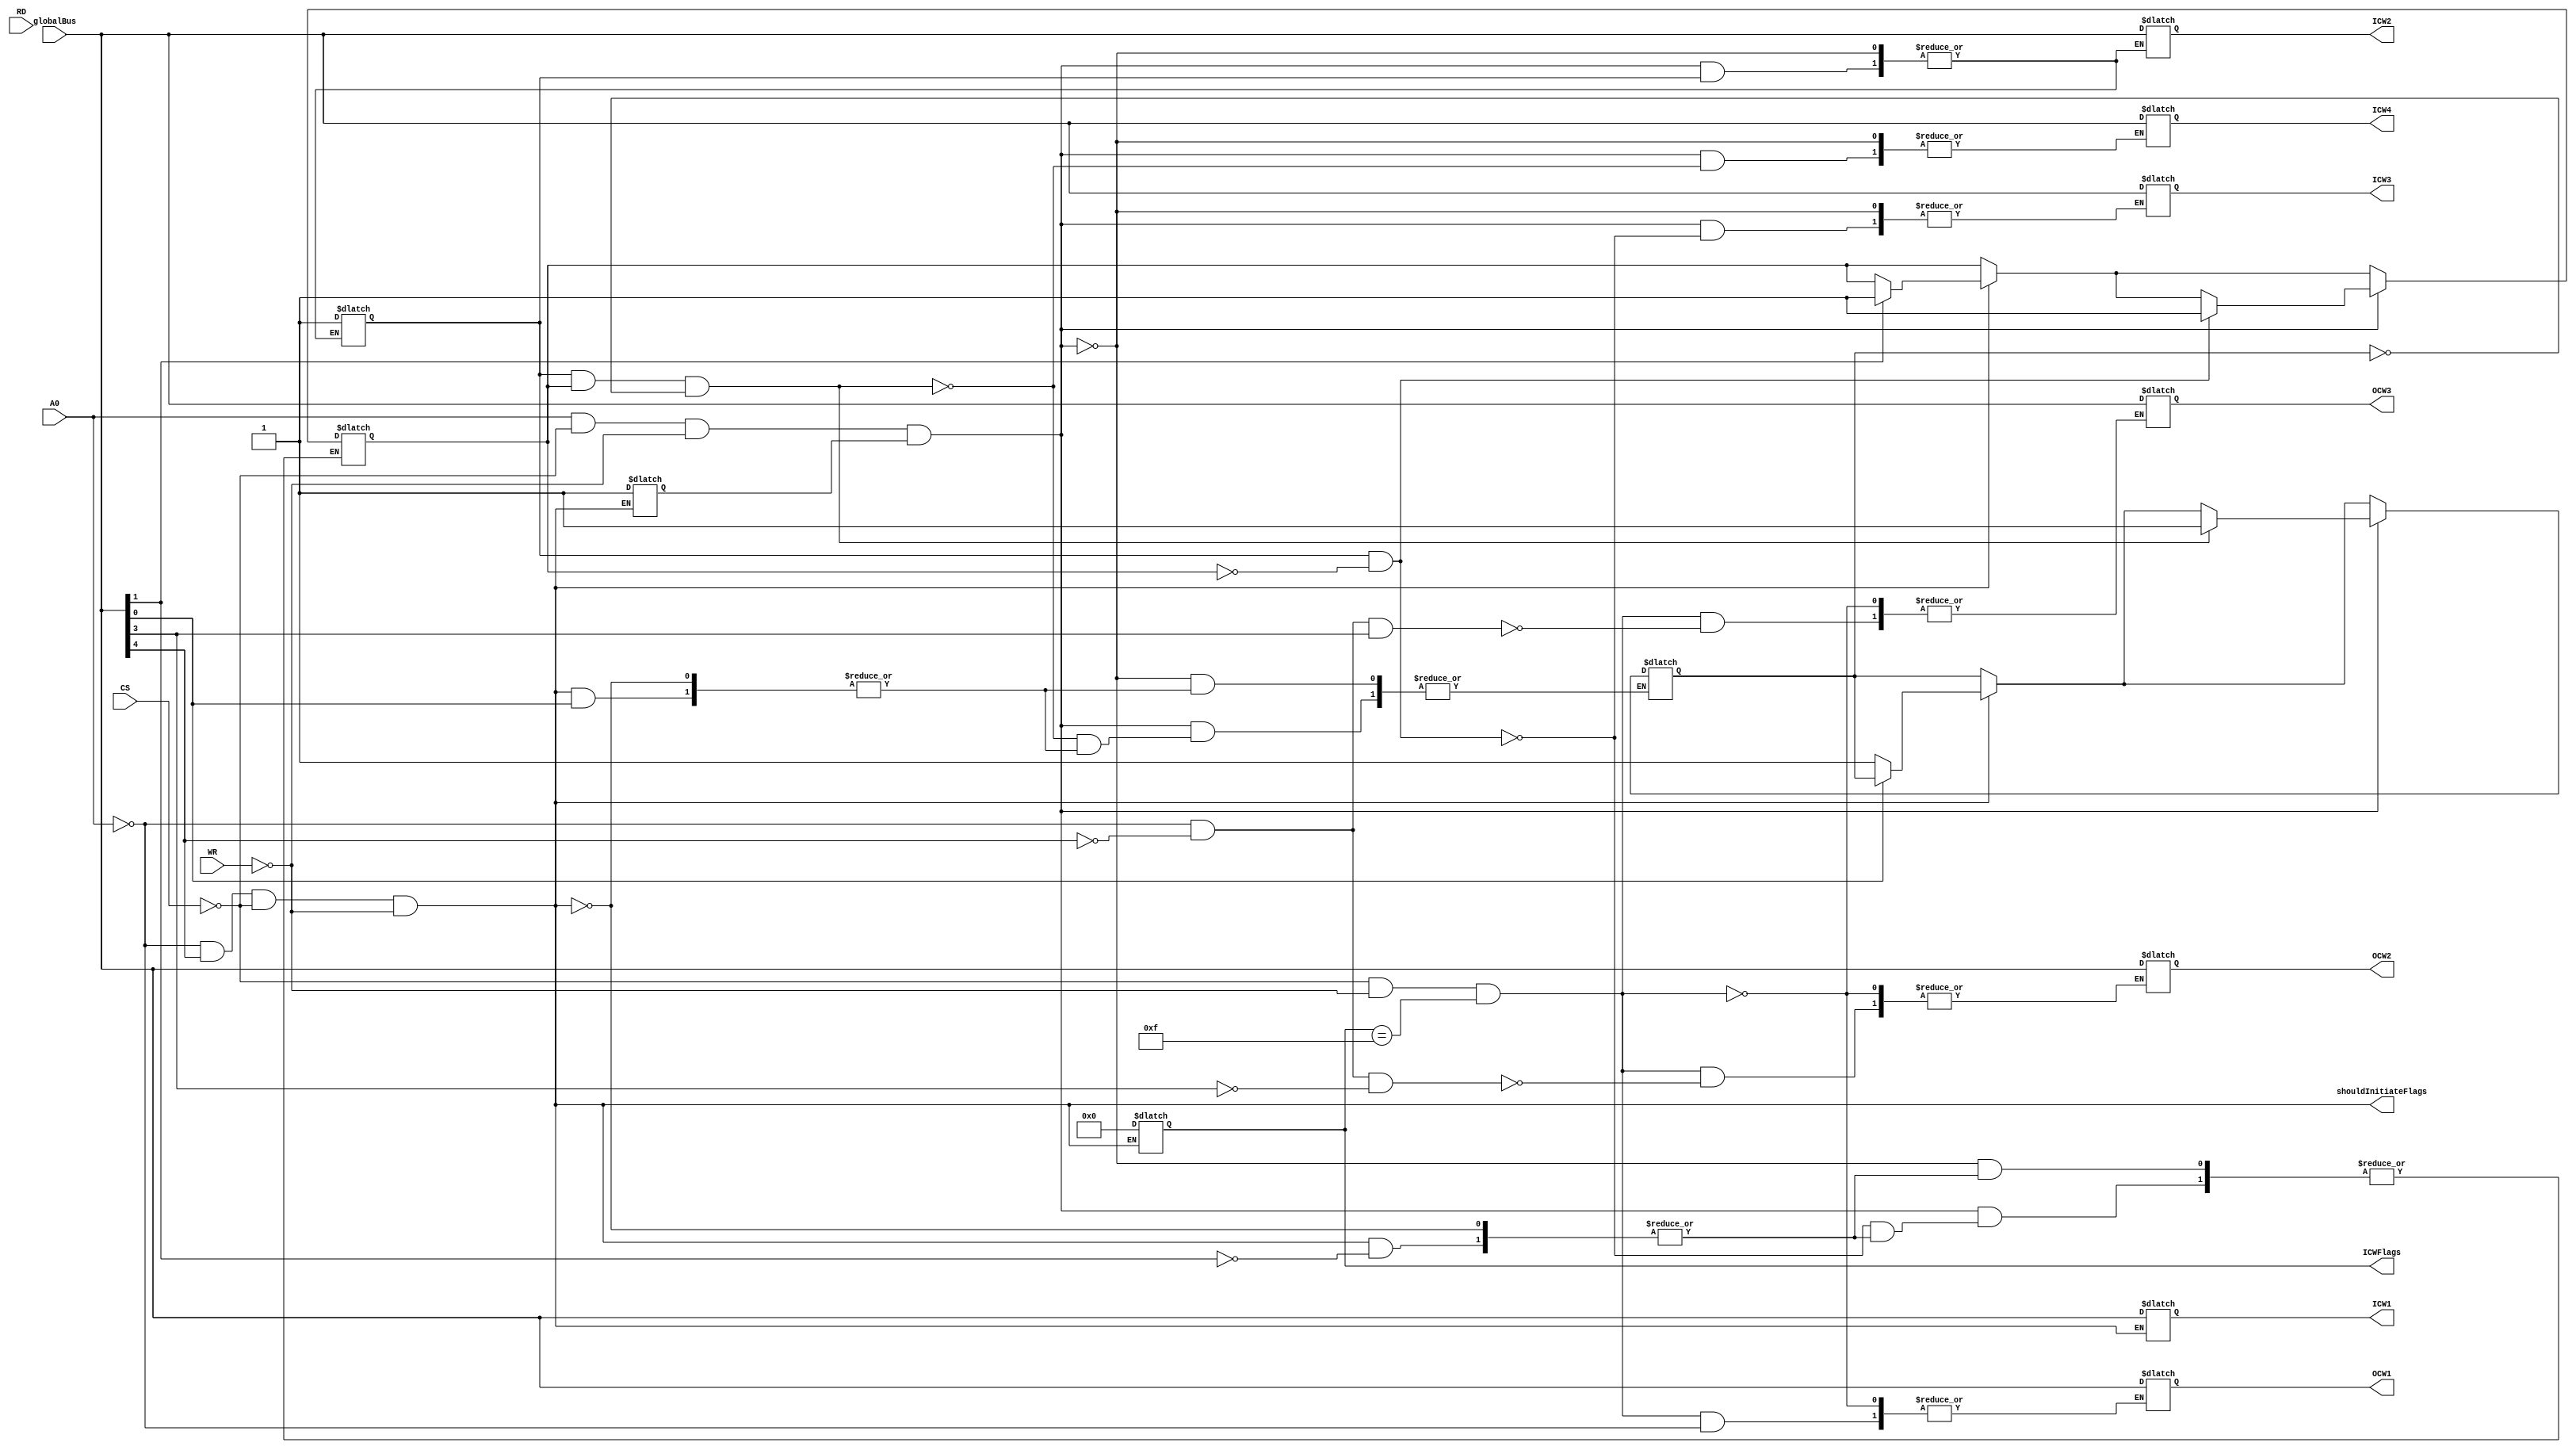
module RWLogic (
input [7:0] globalBus, // 8-bit global bus
input A0, // Indicates for the command words
input CS, // Chip select (active low)
input WR, // Write signal (active low)
input RD, // Read signal (active low)
output reg [7:0] ICW1, // ICW1 register
output reg [7:0] ICW2, // ICW2 register
output reg [7:0] ICW3, // ICW3 register
output reg [7:0] ICW4, // ICW4 register
output reg [7:0] OCW1, // OCW1 register
output reg [7:0] OCW2, // OCW2 register
output reg [7:0] OCW3, // OCW3 register
output reg [3:0] ICWFlags, // ICW flags to check if ICW1, ICW2, ICW3, ICW4 have been written to
output shouldInitiateFlags // flag to indicate if ICWFlags should be reset
);

//------------------------------------------------------------------------------
// Description:
//   This Verilog module, named RWLogic, is designed to handle read and write
//   operations for a set of registers based on control signals and a global bus.
//   It supports Initialization Command Words (ICW) and Operational Command Words (OCW).
//------------------------------------------------------------------------------

//------------------------------------------------------------------------------
// Module Ports:
//   Input Ports:
//     - input [7:0] globalBus: 8-bit global bus for data communication.
//     - input A0: Indicates the type of command word.
//     - input CS: Chip select (active low) to enable the module.
//     - input WR: Write signal (active low) for write operations.
//     - input RD: Read signal (active low) for read operations.
//   Output Ports:
//     - output reg [7:0] ICW1: ICW1 register for initialization.
//     - output reg [7:0] ICW2: ICW2 register for initialization.
//     - output reg [7:0] ICW3: ICW3 register for initialization.
//     - output reg [7:0] ICW4: ICW4 register for initialization.
//     - output reg [7:0] OCW1: OCW1 register for operational commands.
//     - output reg [7:0] OCW2: OCW2 register for operational commands.
//     - output reg [7:0] OCW3: OCW3 register for operational commands.
//     - output reg [3:0] ICWFlags: Flags to track the initialization state of ICW registers.
//     - output shouldInitiateFlags: Flag to indicate if ICWFlags should be reset.
//------------------------------------------------------------------------------

//------------------------------------------------------------------------------
// Operation:
//   The module processes read and write operations based on the control signals
//   (A0, CS, WR, RD) and the global bus (globalBus). It supports the following
//   functionality:
//   - Initialization Command Words (ICW) handling for ICW1, ICW2, ICW3, ICW4.
//   - Operational Command Words (OCW) handling for OCW1, OCW2, OCW3.
//   - Flags (ICWFlags) to track the state of ICW processing.
//   - Initialization of flags based on the rising edge of CS and RD signals.
//   - Conditional updates of ICW and OCW registers based on control signals and flags.
//------------------------------------------------------------------------------

wire chipSelected = ~CS;
wire writeSignal = ~WR;
wire readSignal  =  ~RD;

// initialize registers ICWFlags to 0
assign shouldInitiateFlags = ~A0 && globalBus[4] && chipSelected && writeSignal;
always @(A0) begin
    if (shouldInitiateFlags) begin
        ICWFlags <= 0;
    end
end

// assign values to ICW registers
always @(globalBus or A0) begin
    // ICW1 is special case since it's the first command word
    if(shouldInitiateFlags) begin
        ICW1 <= globalBus;
        ICWFlags[0] <= 1;
        // handle case where ICW3 is not needed
        if(globalBus[1]) begin
            ICWFlags[2] <= 1;
        end
        // handle case where ICW4 is not needed
        if(~globalBus[0]) begin
            ICWFlags[3] <= 1;
        end
    end

    if( A0 && chipSelected && writeSignal && ICWFlags[0] == 1'b1 ) begin
        if( ~ICWFlags[1]) begin
            ICW2 <= globalBus;
            ICWFlags[1] <= 1;
        end
        if( ICWFlags[1] && ~ICWFlags[2]) begin
            ICW3 <= globalBus;
            ICWFlags[2] <= 1;
        end
        if( ICWFlags[1] && ICWFlags[2] && ~ICWFlags[3]) begin
            ICW4 <= globalBus;
            ICWFlags[3] <= 1;
        end
    end
end

// assign values to OCW registers
always @(globalBus or A0) begin
    if(chipSelected && writeSignal && ICWFlags == 4'b1111 ) begin
        if(A0) begin
            OCW1 <= globalBus;
        end
        if(~A0 && ~globalBus[4] && ~globalBus[3]) begin
            OCW2 <= globalBus;
        end
        if(~A0 && ~globalBus[4] && globalBus[3]) begin
            OCW3 <= globalBus;
        end
    end
end

endmodule